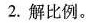
2.解比例。